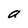
Character: a